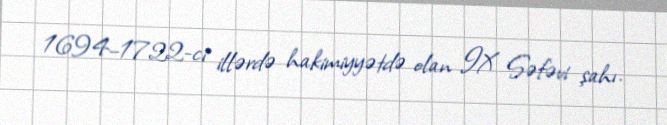
1694–1722-ci illərdə hakimiyyətdə olan IX Səfəvi şahı.